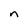
Character: n